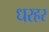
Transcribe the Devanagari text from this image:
धरहर